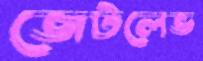
জেটলেভ